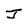
Character: J